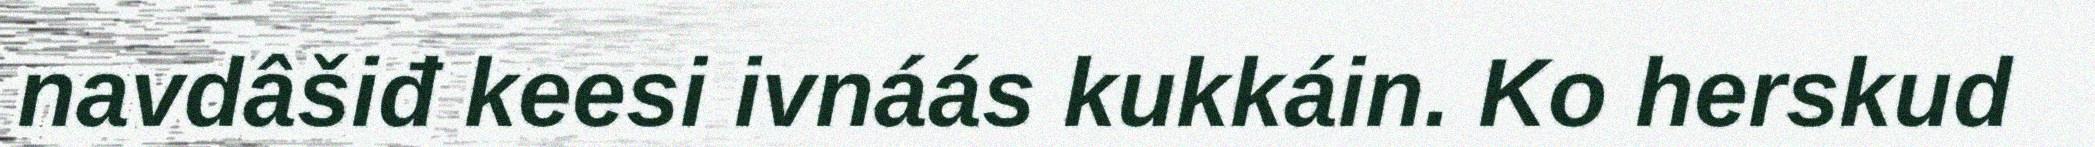
navdâšiđ keesi ivnáás kukkáin. Ko herskud